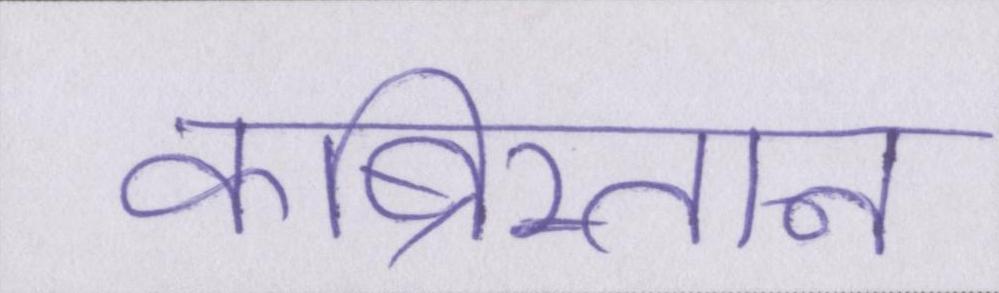
कब्रिस्तान